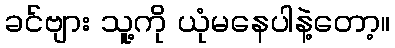
ခင်ဗျား သူ့ကို ယုံမနေပါနဲ့တော့။